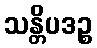
သန္တိပဒဉ္စ